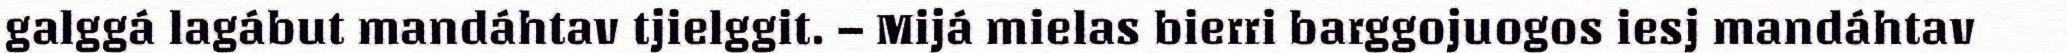
galggá lagábut mandáhtav tjielggit. – Mijá mielas bierri barggojuogos iesj mandáhtav